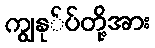
ကျွနု်ပ်တို့အား